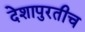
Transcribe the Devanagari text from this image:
देशापुरतीच